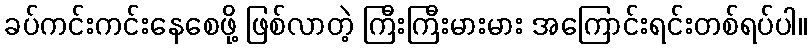
ခပ်ကင်းကင်းနေစေဖို့ ဖြစ်လာတဲ့ ကြီးကြီးမားမား အကြောင်းရင်းတစ်ရပ်ပါ။